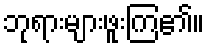
ဘုရားများဖူးကြ၏။